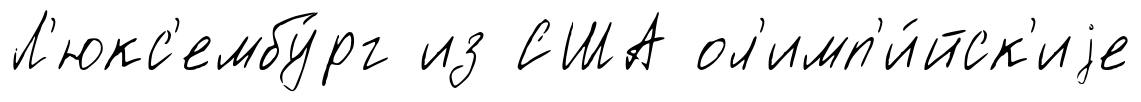
Л'юкс'ембу́рг из США ол'имп'и́йск'иjе